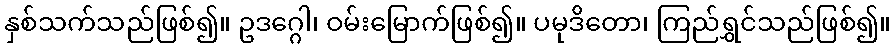
နှစ်သက်သည်ဖြစ်၍။ ဥဒဂ္ဂေါ၊ ဝမ်းမြောက်ဖြစ်၍။ ပမုဒိတော၊ ကြည်ရွှင်သည်ဖြစ်၍။